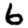
Digit: 6